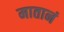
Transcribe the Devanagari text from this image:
मातानं